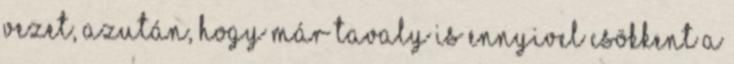
vezet, azután, hogy már tavaly is ennyivel csökkent a